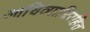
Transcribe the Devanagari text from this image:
आधिव्याधिरहित